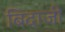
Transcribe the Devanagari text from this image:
बिदाजी